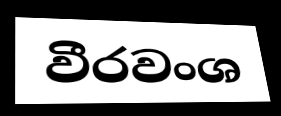
වීරවංශ